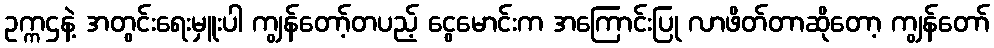
ဥက္ကဌနဲ့ အတွင်းရေးမှူးပါ ကျွန်တော့်တပည့် ငွေမောင်းက အကြောင်းပြု လာဖိတ်တာဆိုတော့ ကျွန်တော်